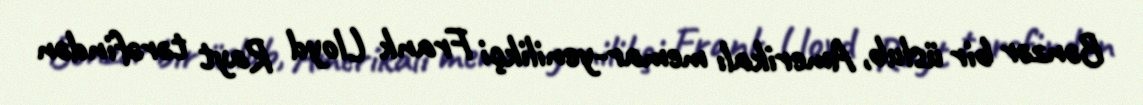
Bənzər bir üslub, Amerikalı memar-yenilikçi Frank Lloyd Rayt tərəfindən